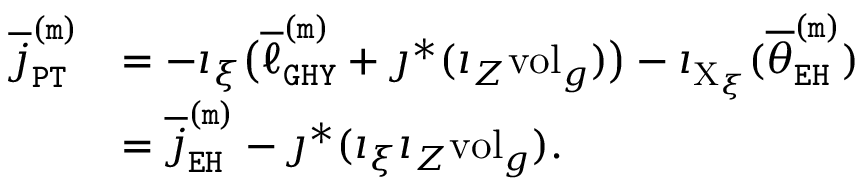
\begin{array} { r l } { \overline { { j } } _ { \mathtt { P T } } ^ { \mathtt { ( m ) } } } & { = - \imath _ { \xi } \big ( \overline { { \ell } } _ { \mathtt { G H Y } } ^ { \mathtt { ( m ) } } + \jmath ^ { * } ( \imath _ { Z } \mathrm { v o l } _ { g } ) \big ) - \imath _ { \mathrm { X } _ { \xi } } ( \overline { { \theta } } _ { \mathtt { E H } } ^ { \mathtt { ( m ) } } ) } \\ & { = \overline { { j } } _ { \mathtt { E H } } ^ { \mathtt { ( m ) } } - \jmath ^ { * } ( \imath _ { \xi } \imath _ { Z } \mathrm { v o l } _ { g } ) . } \end{array}